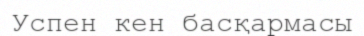
Успен кен басқармасы